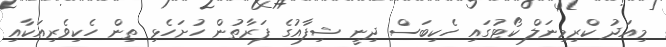
މިއަދު ކްރިމިނަލް ކޯޓުގައި ހެކިބަސް ދިނީ ޝިފާއުގެ ފަރާތުން ހުށަހެޅި ތިން ހެކިވެރިއަކާއި